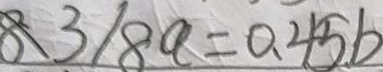
8 3 / 8 a = 0 . 4 5 b